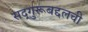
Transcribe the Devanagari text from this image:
सद्‌गुरूबद्दलची